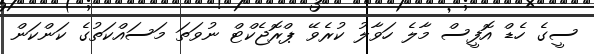
ސީގެ ހެޑް އޮފީސް މާލެ ހަވާލު ކުރެވޭ ޕްރޮޖެކްޓް ނުވަތަ މަސައްކަތުގެ ކަންކަން